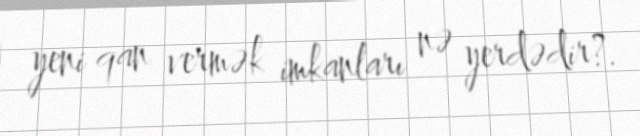
yeni qan vermək imkanları nə yerdədir?.